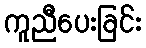
ကူညီပေးခြင်း